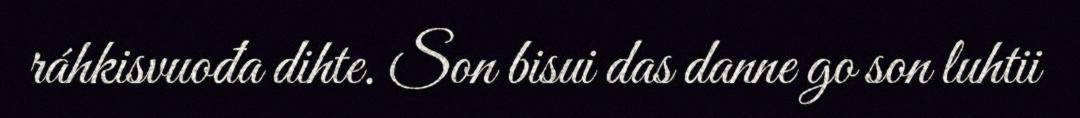
ráhkisvuođa dihte. Son bisui das danne go son luhtii